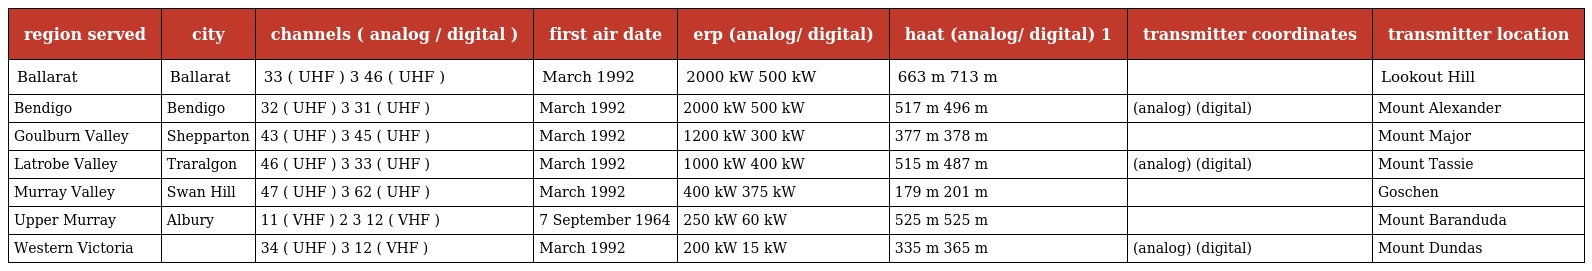
| region served | city | channels ( analog / digital ) | first air date | erp (analog/ digital) | haat (analog/ digital) 1 | transmitter coordinates | transmitter location |
 | --- | --- | --- | --- | --- | --- | --- | --- |
 | Ballarat | Ballarat | 33 ( UHF ) 3 46 ( UHF ) | March 1992 | 2000 kW 500 kW | 663 m 713 m |  | Lookout Hill |
 | Bendigo | Bendigo | 32 ( UHF ) 3 31 ( UHF ) | March 1992 | 2000 kW 500 kW | 517 m 496 m | (analog) (digital) | Mount Alexander |
 | Goulburn Valley | Shepparton | 43 ( UHF ) 3 45 ( UHF ) | March 1992 | 1200 kW 300 kW | 377 m 378 m |  | Mount Major |
 | Latrobe Valley | Traralgon | 46 ( UHF ) 3 33 ( UHF ) | March 1992 | 1000 kW 400 kW | 515 m 487 m | (analog) (digital) | Mount Tassie |
 | Murray Valley | Swan Hill | 47 ( UHF ) 3 62 ( UHF ) | March 1992 | 400 kW 375 kW | 179 m 201 m |  | Goschen |
 | Upper Murray | Albury | 11 ( VHF ) 2 3 12 ( VHF ) | 7 September 1964 | 250 kW 60 kW | 525 m 525 m |  | Mount Baranduda |
 | Western Victoria |  | 34 ( UHF ) 3 12 ( VHF ) | March 1992 | 200 kW 15 kW | 335 m 365 m | (analog) (digital) | Mount Dundas |